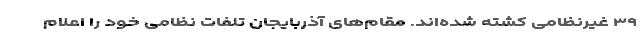
۳۹ غیرنظامی کشته شده‌اند. مقام‌های آذربایجان تلفات نظامی خود را اعلام